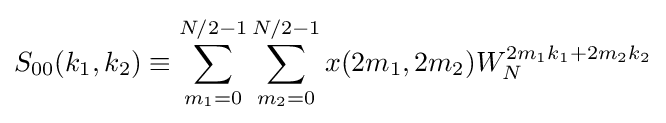
S_{00}(k_{1},k_{2})\equiv \sum _{m_{1}=0}^{N/2-1}\sum _{m_{2}=0}^{N/2-1}x(2m_{1},2m_{2})W_{N}^{2m_{1}k_{1}+2m_{2}k_{2}}